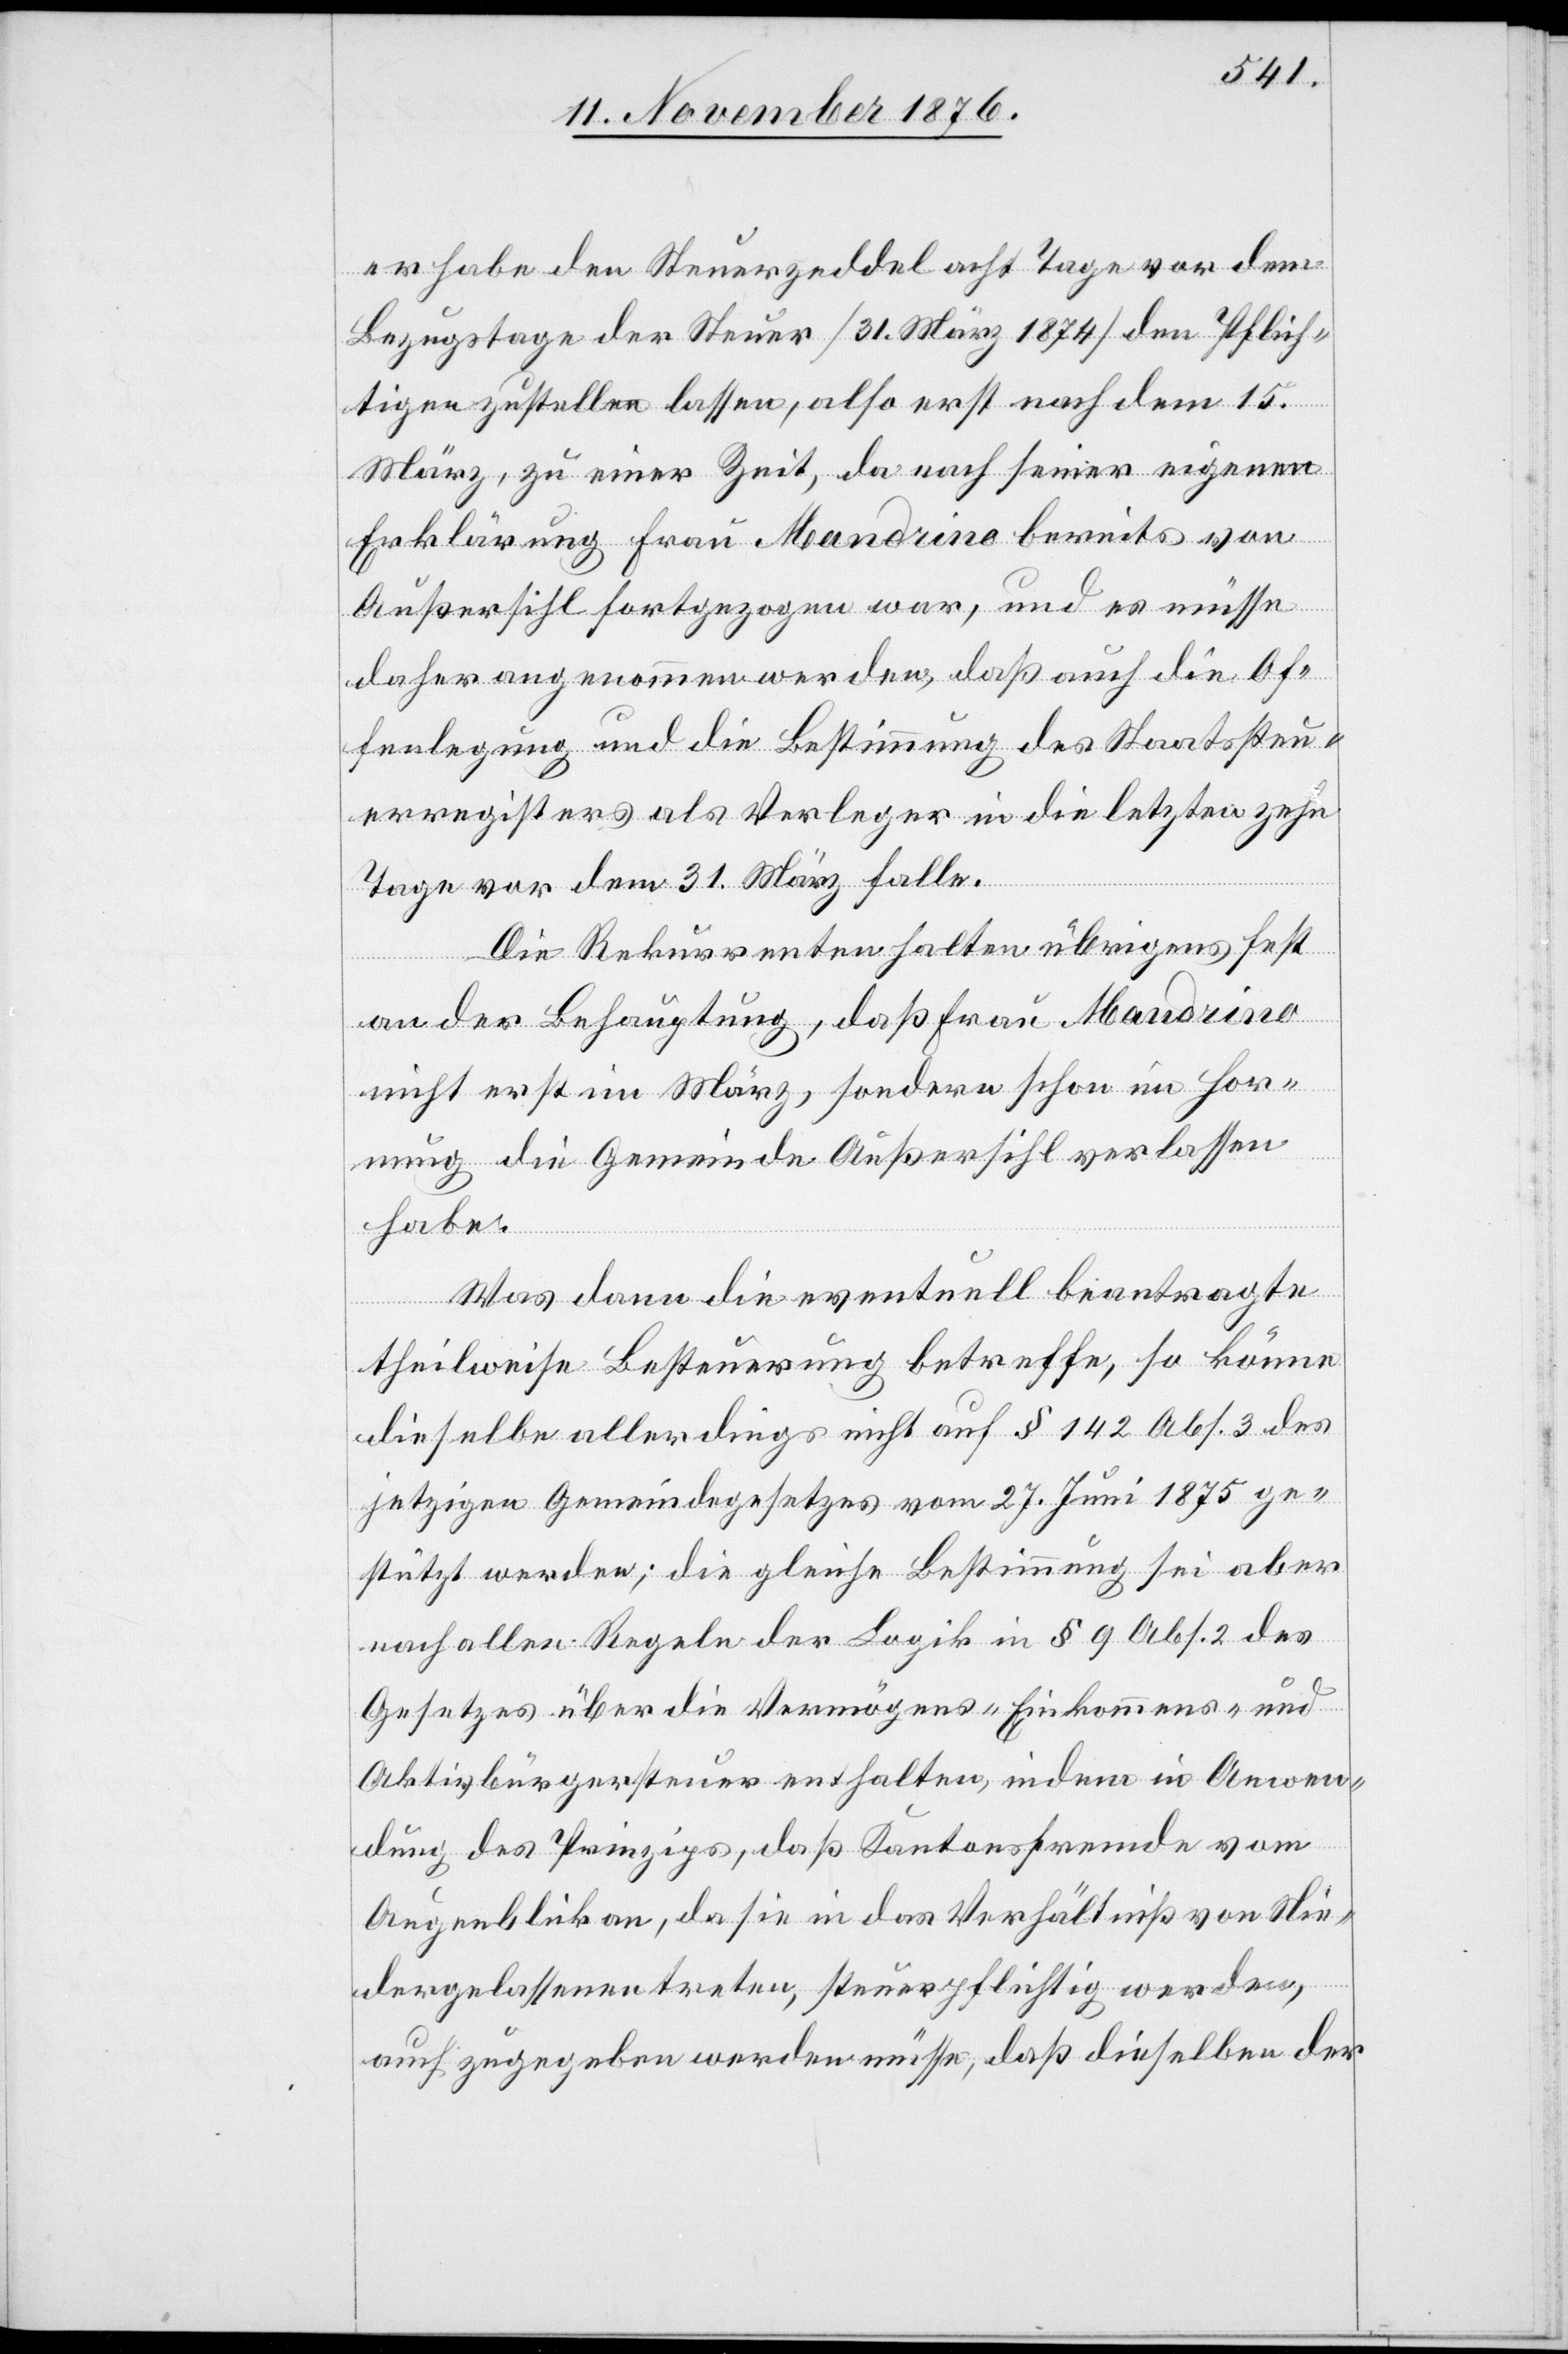
er habe den Steuerzeddel acht Tage vor dem
Bezugstage der Steuer [31. März 1874] den Pflich¬
tigen zustellen lassen, also erst nach dem 15.
März, zu einer Zeit, da nach seiner eigenen
Erklärung Frau Mandrino bereits von
Außersihl fortgezogen war, und es müsse
daher angenommen werden, daß auch die Of¬
fenlegung und die Bestimmung des Staatssteu¬
erregisters als Verleger in die letzten zehn
Tage vor dem 31. März falle.
Die Rekurrenten halten übrigens fest
an der Behauptung, daß Frau Mandrino
nicht erst im März, sondern schon im Hor¬
nung die Gemeinde Außersihl verlassen
habe.
Was dann die eventuell beantragte
theilweise Besteuerung betreffe, so könne
dieselbe allerdings nicht auf § 142 Abs. 3 des
jetzigen Gemeindegesetzes vom 27. Juni 1875 ge¬
stützt werden; die gleiche Bestimmung sei aber
nach allen Regeln der Logik in § 9 Abs. 2 des
Gesetze über die Vermögens-[,] Einkommens- und
Aktivbürgersteuer enthalten, indem in Anwen¬
dung des Prinzips, daß Kantonsfremde vom
Augenblick an, da sie in das Verhältniß von Nie¬
dergelassenen treten, steuerpflichtig werden,
auch zugegeben werden müsse, daß dieselben der